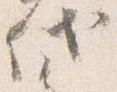
代